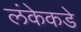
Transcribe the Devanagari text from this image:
लंकेकडे